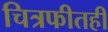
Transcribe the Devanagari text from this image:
चित्रफीतही